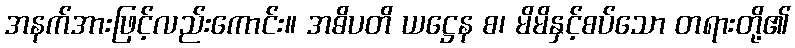
အနက်အားဖြင့်လည်းကောင်း။ အဓိပတိ ယဋ္ဌေန စ၊ မိမိနှင့်စပ်သော တရားတို့၏